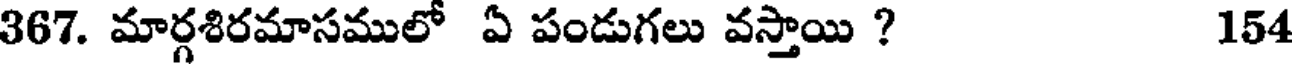
367. మార్గశిరమాసములో ఏ పండుగలు వస్తాయి ? 154